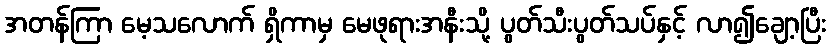
အတန်ကြာ မေ့သလောက် ရှိကာမှ မေဖုရားအနီးသို့ ပွတ်သီးပွတ်သပ်နှင့် လာ၍ချော့ပြီး